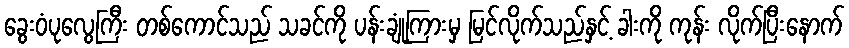
ခွေးဝံပုလွေကြီး တစ်ကောင်သည် သခင်ကို ပန်းချုံကြားမှ မြင်လိုက်သည်နှင့် ခါးကို ကုန်း လိုက်ပြီးနောက်